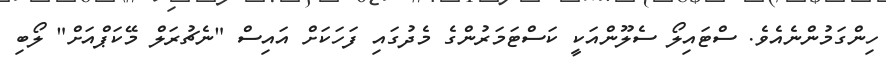
ހިންގަމުންނެއެވެ. ސްޓައިލޯ ސެލޫންއަކީ ކަސްޓަމަރުންގެ މެދުގައި ފަހަކަށް އައިސް "ނެޗުރަލް މޭކަޕްއަށް" ލޯބި